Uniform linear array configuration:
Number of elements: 24
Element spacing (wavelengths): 1
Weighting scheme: uniform
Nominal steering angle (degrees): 0
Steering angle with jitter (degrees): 0.06646
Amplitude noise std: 0.05
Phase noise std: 0.05

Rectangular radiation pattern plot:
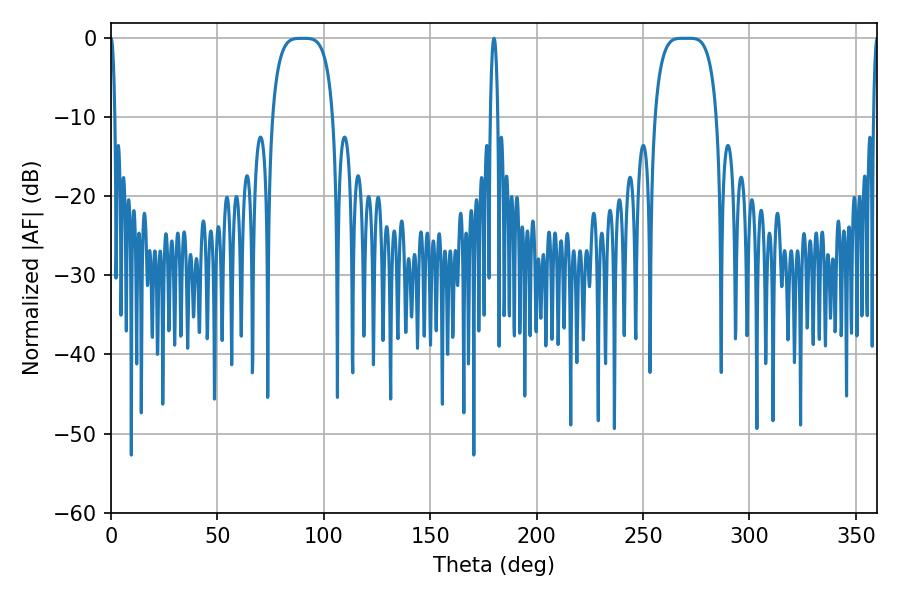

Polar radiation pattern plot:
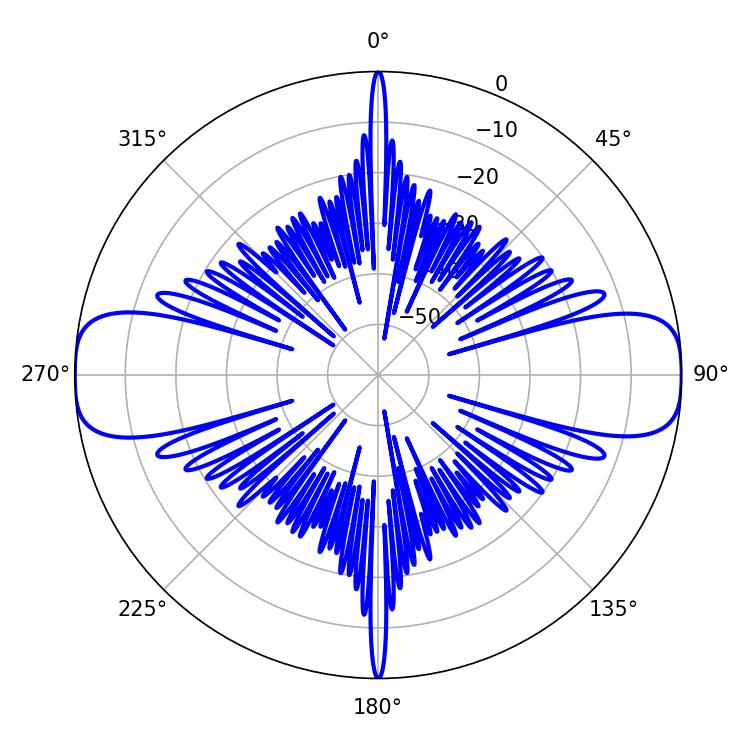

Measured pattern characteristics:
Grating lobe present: TRUE
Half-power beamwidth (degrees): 21.96
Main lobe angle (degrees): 271.8